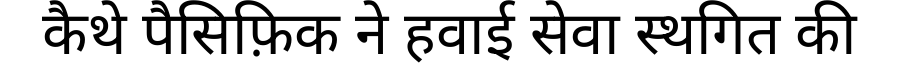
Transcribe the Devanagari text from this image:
कैथे पैसिफ़िक ने हवाई सेवा स्थगित की